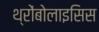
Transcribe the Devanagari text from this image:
थ्रोंबोलाइसिस